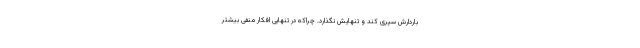
باردارش سپری کند و تنهایش نگذارد. چراکه در تنهایی افکار منفی بیشتر